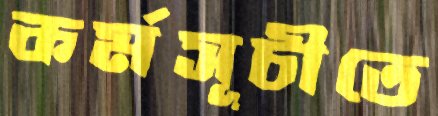
কর্মসূচীতে